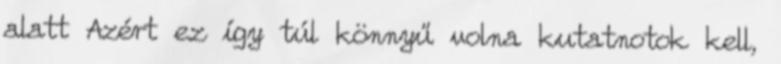
alatt Azért ez így túl könnyű volna kutatnotok kell,